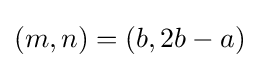
(m,n)=(b,2b-a)